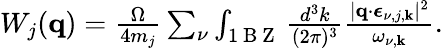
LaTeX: \begin{array}{r}{W_{j}(\mathbf{q})=\frac{\Omega}{4m_{j}}\sum_{\nu}\int_{1\mathrm{~B~Z~}}\frac{d^{3}k}{(2\pi)^{3}}\frac{|\mathbf{q}\cdot\boldsymbol{\epsilon}_{\nu,j,\mathbf{k}}|^{2}}{\omega_{\nu,\mathbf{k}}}.}\end{array}